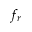
f _ { r }